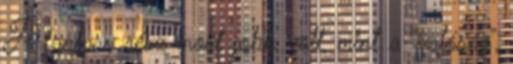
A fantasy rész most jobb volt, mint a “valóság”,